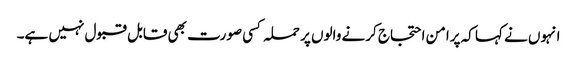
انہوں نے کہا کہ پرامن احتجاج کرنے والوں پر حملہ کسی صورت بھی قابل قبول نہیں ہے۔